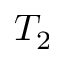
T _ { 2 }